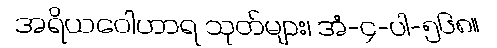
အရိယဝေါဟာရ သုတ်များ၊ အံ-၄-ပါ-၅၆၈။